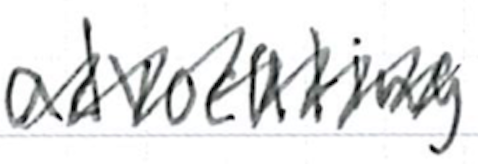
Text: advocating
Cross-out: zig-zag
Writing tool: ballpoint